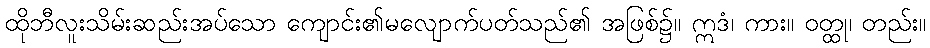
ထိုဘီလူးသိမ်းဆည်းအပ်သော ကျောင်း၏မလျောက်ပတ်သည်၏ အဖြစ်၌။ ဣဒံ၊ ကား။ ဝတ္ထု၊ တည်း။